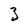
Character: 3